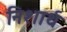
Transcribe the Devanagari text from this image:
निशार्थ